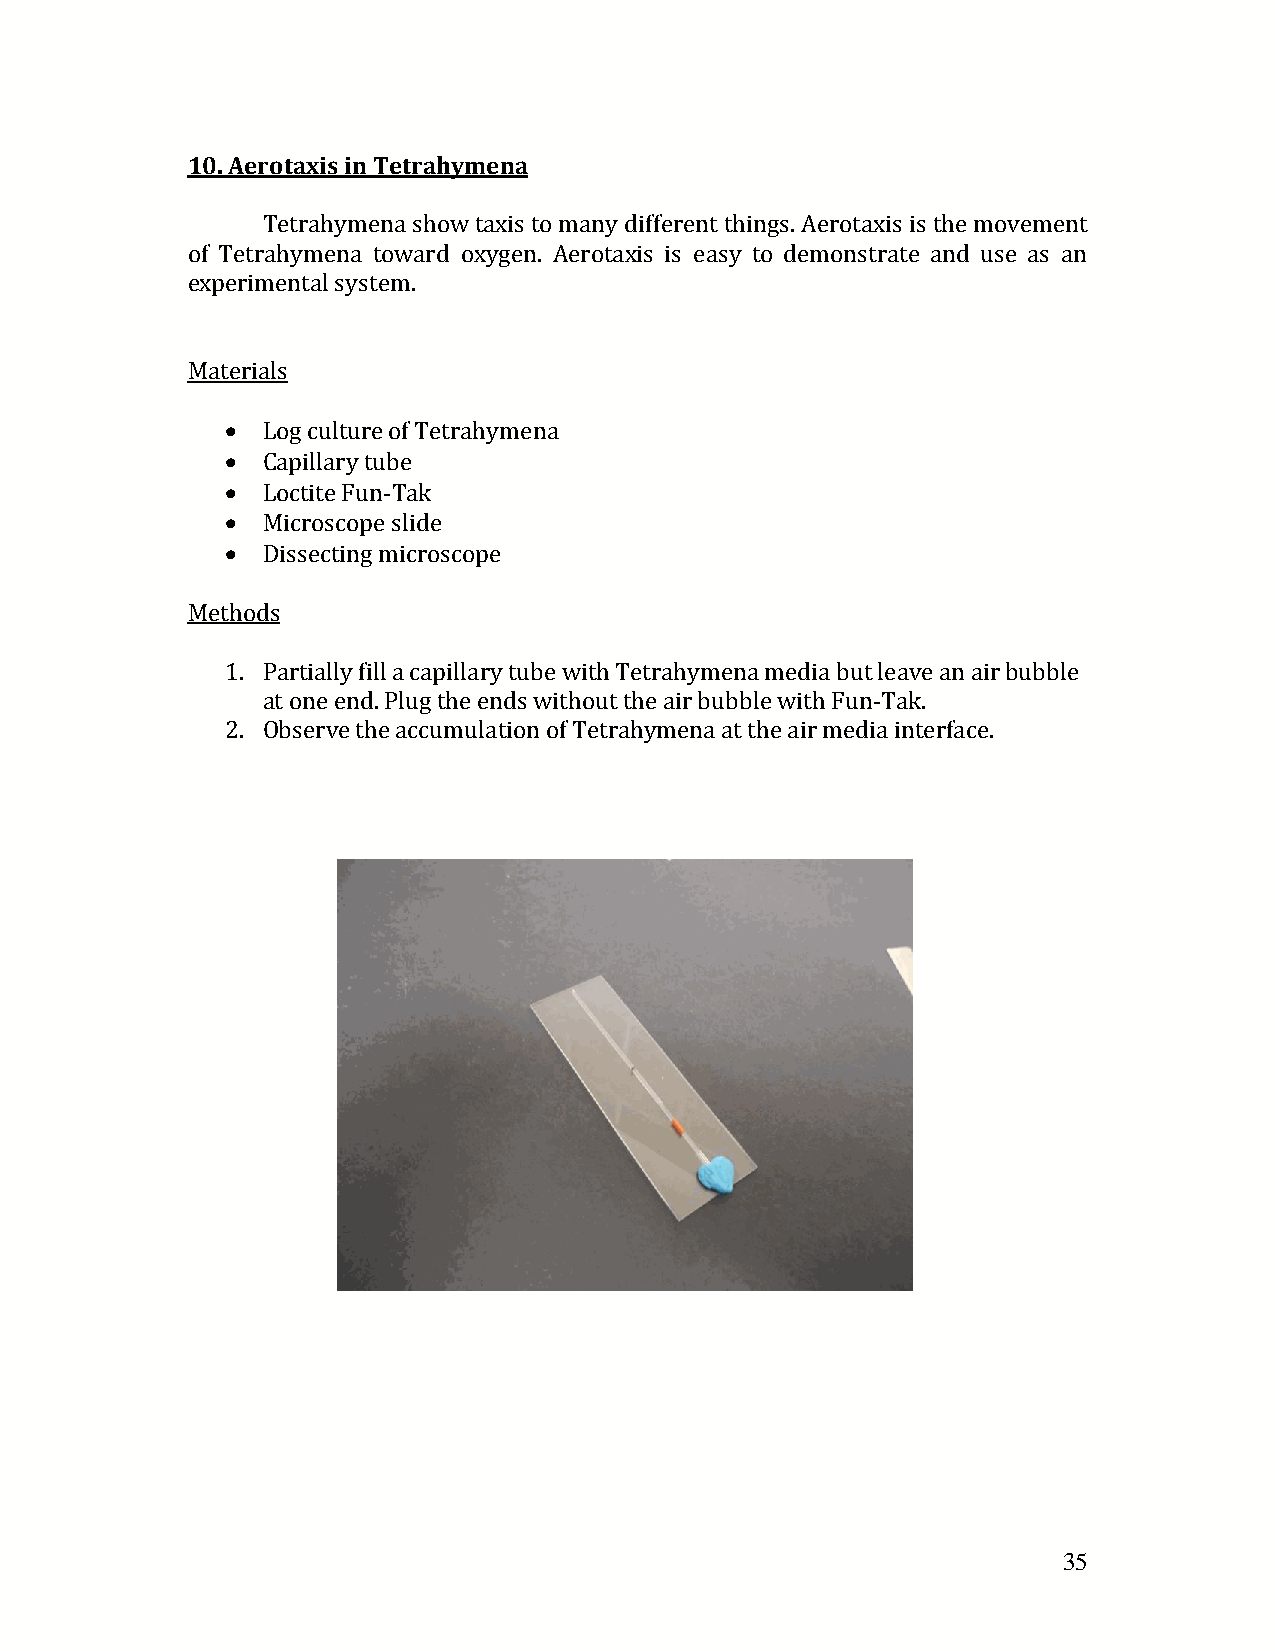
10. Aerotaxis in Tetrahymena
 Tetrahymena show taxis to many different things. Aerotaxis is the movement
 of Tetrahymena toward oxygen. Aerotaxis is easy to demonstrate and use as an
 experimental system.
 Materials
  Log culture of Tetrahymena
  Capillary tube
  Loctite Fun-Tak
  Microscope slide
  Dissecting microscope
 Methods
 1. Partially fill a capillary tube with Tetrahymena media but leave an air bubble
 at one end. Plug the ends without the air bubble with Fun-Tak.
 2. Observe the accumulation of Tetrahymena at the air media interface.
 35